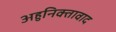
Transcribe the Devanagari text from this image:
अहुनिक्तावाद